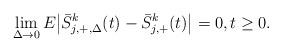
LaTeX: \begin{align*} \lim_{\Delta\to 0}E\big|\bar{S}^k_{j,+,\Delta}(t)-\bar{S}^k_{j,+}(t)\big|=0, t \geq 0.\end{align*}